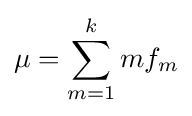
\mu =\sum _{m=1}^{k}mf_{m}